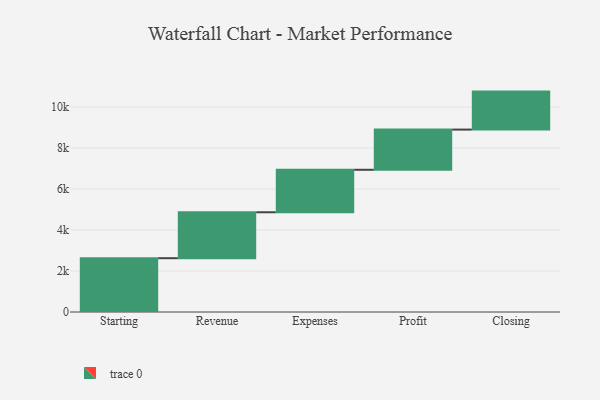
{"axis": {"x": "Step", "y": "Value"}, "legend": [""], "data": [{"x": "Starting", "y": 2624.0, "type": ""}, {"x": "Revenue", "y": 2240.0, "type": ""}, {"x": "Expenses", "y": 2072.0, "type": ""}, {"x": "Profit", "y": 1960.0, "type": ""}, {"x": "Closing", "y": 1853.0, "type": ""}]}